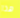
هذا